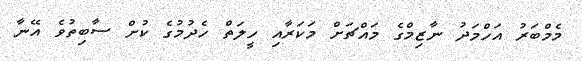
މެމްބަރު އަހްމަދު ނާޒިމްގެ މައްޗަށް މަކަރާއި ހީލަތް ހެދުމުގެ ކުށް ސާބިތުވެ އޭނާ